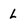
Character: L